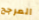
المرجح